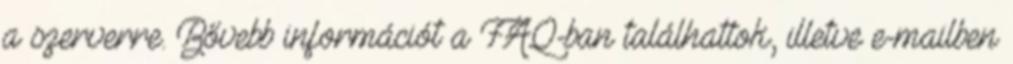
a szerverre. Bővebb információt a FAQ-ban találhattok, illetve e-mailben